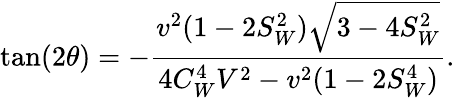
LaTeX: \tan(2\theta)=-\frac{v^{2}(1-2S_{W}^{2})\sqrt{3-4S_{W}^{2}}}{4C_{W}^{4}V^{2}-v^{2}(1-2S_{W}^{4})}.